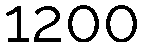
1200